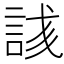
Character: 𬢥